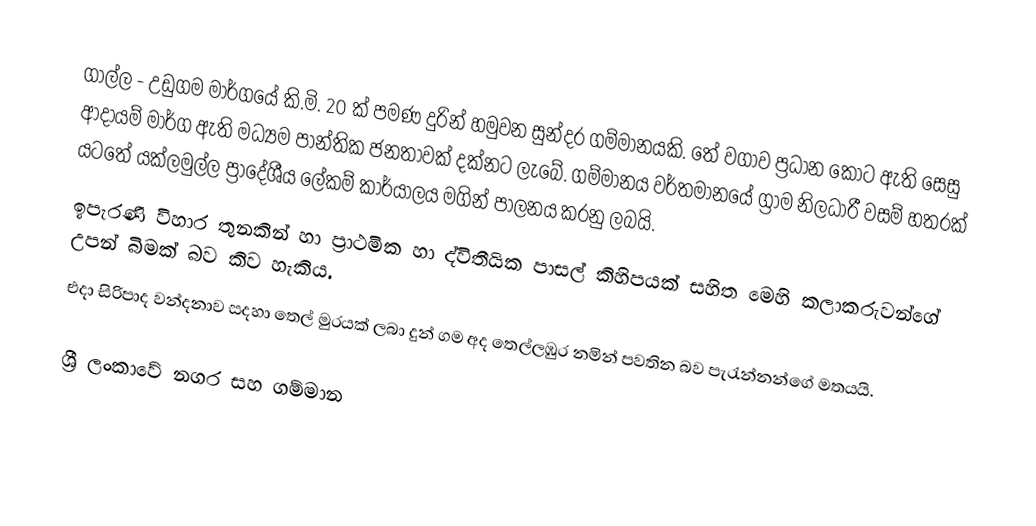
ගාල්ල - උඩුගම මාර්ගයේ කි.මි. 20 ක් පමණ දුරින් හමුවන සුන්දර ගම්මානයකි. තේ වගාව ප්‍රධාන කොට ඇති සෙසු ආදායම් මාර්ග ඇති මධ්‍යම පාන්තික ජනතාවක් දක්නට ලැබේ. ගම්මානය වර්තමානයේ ග්‍රාම නිලධාරී වසම් හතරක් යටතේ යක්ලමුල්ල ප්‍රාදේශීය ලේකම් කාර්යාලය මගින් පාලනය කරනු ලබයි.
ඉපැරණි විහාර තුනකින් හා ප්‍රාථමික හා ද්විතීයික පාසල් කිහිපයක් සහිත මෙහි කලාකරුවන්ගේ උපන් බිමක් බව කිව හැකිය.
එදා සිරිපාද වන්දනාව සදහා තෙල් මුරයක් ලබා දුන් ගම අද තෙල්ලඹුර නමින් පවතින බව පැරැන්නන්ගේ මතයයි.

ශ්‍රී ලංකාවේ නගර සහ ගම්මාන